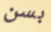
بسن